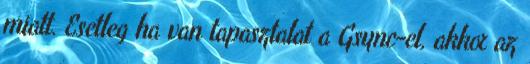
miatt. Esetleg ha van tapasztalat a Gsync-el, akkor az